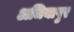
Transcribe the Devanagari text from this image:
अजियापुर